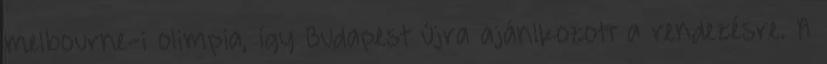
melbourne-i olimpia, így Budapest újra ajánlkozott a rendezésre. A